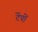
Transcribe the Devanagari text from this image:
टेंपों